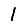
Digit: 1